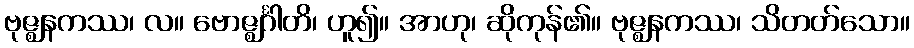
ဗုဇ္ဈနကဿ၊ လ။ ဗောဇ္ဈင်္ဂါတိ၊ ဟူ၍။ အာဟု၊ ဆိုကုန်၏။ ဗုဇ္ဈနကဿ၊ သိတတ်သော။